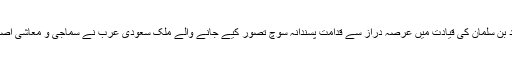
واضح رہے کہ سعودی فرمانروا محمد بن سلمان کی قیادت میں عرصہ دراز سے قدامت پسندانہ سوچ تصور کیے جانے والے ملک سعودی عرب نے سماجی و معاشی اصلاحات پر عمل کرنا شروع کردیا ہے۔